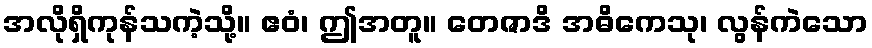
အလိုရှိကုန်သကဲ့သို့။ ဧဝံ၊ ဤအတူ။ တေဇာဒိ အဓိကေသု၊ လွန်ကဲသော